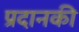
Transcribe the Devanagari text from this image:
प्रदानकी